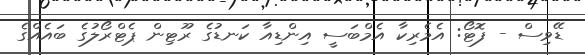
ޑޭވިސް - ފޮޓޯ: އެމެރިކާ އެމްބަސީ އިންޑިއާ ކަނޑުގެ ރޫޓިން ޕެޓްރޯލުގެ ބައެއްގެ